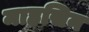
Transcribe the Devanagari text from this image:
माहसिन